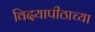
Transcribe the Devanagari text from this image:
विदयापीठाच्या